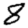
Digit: 8